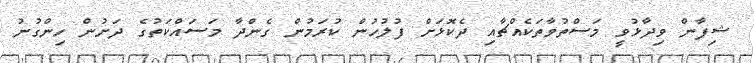
ޝިފާން ވިދާޅުވީ މަސްތުވާތަކެއްޗާއި ދެކޮޅަށް ފުލުހުން ކުރަމުން ގެންދާ މަސައްކަތުގެ ދަށުން ހިންގުނު